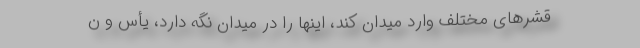
قشرهای مختلف وارد میدان کند، اینها را در میدان نگه دارد،‌ یأس و ن